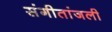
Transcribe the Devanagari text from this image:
संगीतांजली